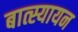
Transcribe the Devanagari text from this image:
बात्स्यायन